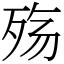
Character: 殇